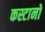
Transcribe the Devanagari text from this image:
कस्टानो